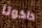
داكوتا